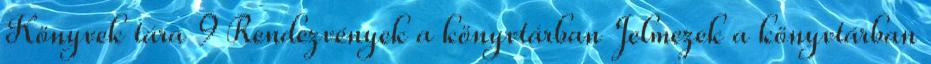
Könyvek tára 9 Rendezvények a könyvtárban Jelmezek a könyvtárban